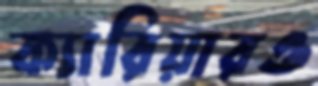
ক্যারিয়ারও